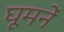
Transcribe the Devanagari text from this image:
घूमनें